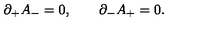
\partial _ { + } A _ { - } = 0 , \qquad \partial _ { - } A _ { + } = 0 .